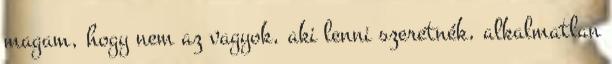
magam, hogy nem az vagyok, aki lenni szeretnék, alkalmatlan